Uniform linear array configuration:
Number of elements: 12
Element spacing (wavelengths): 0.5
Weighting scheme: blackman
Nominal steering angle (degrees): -30
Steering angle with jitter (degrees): -28.406
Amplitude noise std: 0.05
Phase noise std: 0.05

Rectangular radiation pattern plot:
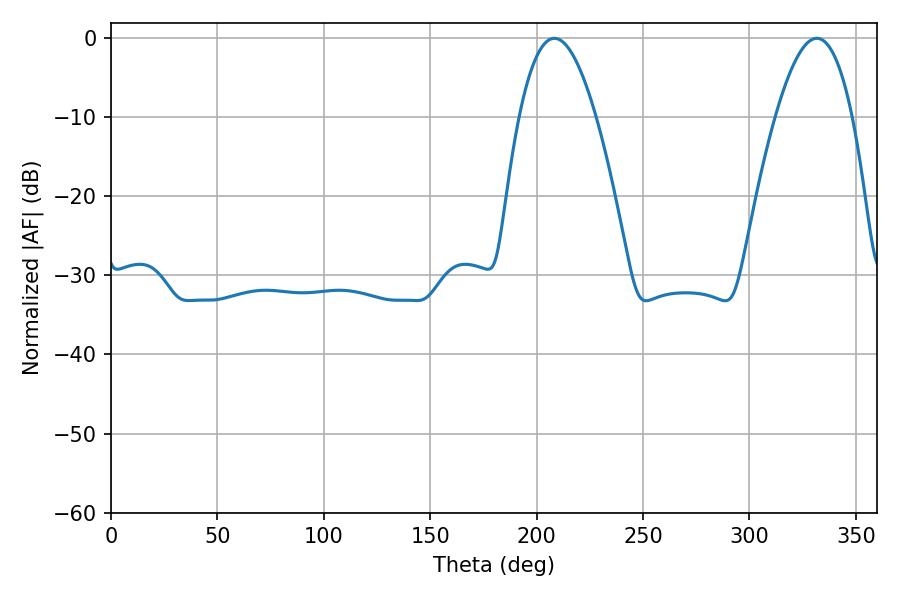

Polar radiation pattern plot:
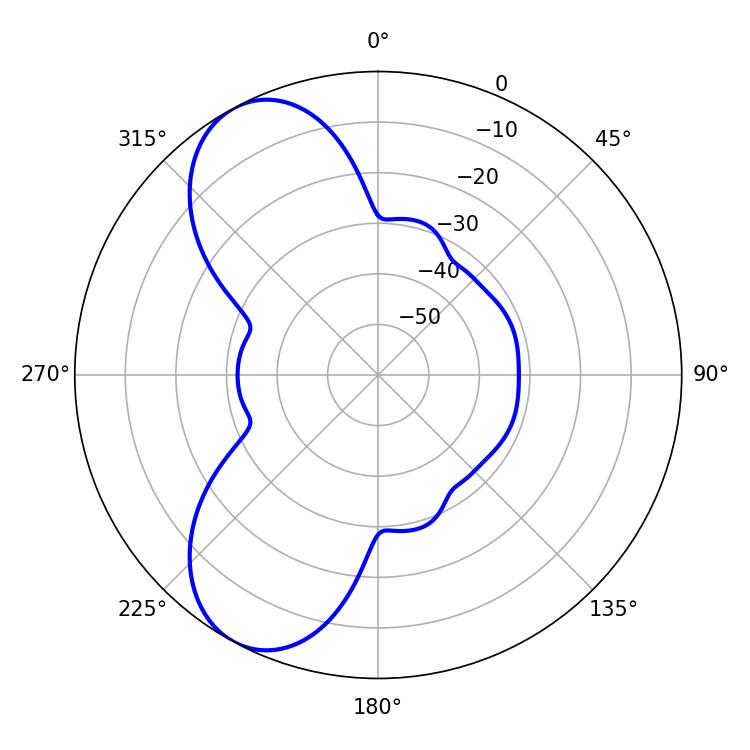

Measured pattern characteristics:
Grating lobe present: FALSE
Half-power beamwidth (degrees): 19.8
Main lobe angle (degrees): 208.26